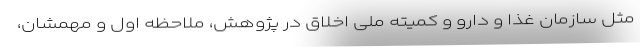
مثل سازمان غذا و دارو و کمیته ملی اخلاق در پژوهش، ملاحظه اول و مهمشان،